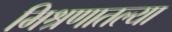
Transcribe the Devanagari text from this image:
मिश्रणातल्या